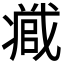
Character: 𭟹